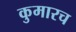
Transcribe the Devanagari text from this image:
कुमारच